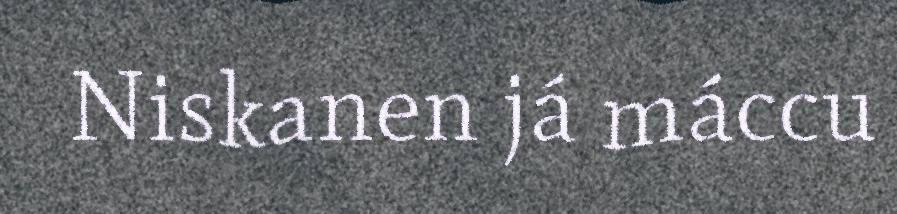
Niskanen já máccu